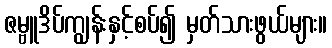
ဇမ္ဗူဒိပ်ကျွန်းနှင့်စပ်၍ မှတ်သားဖွယ်များ။